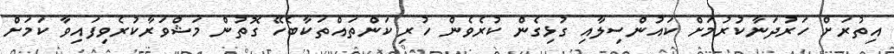
އިތުރަށް ހަރުދަނާކުރުމަށް ކައުންސިލާއި ގުޅިގެން ކުރެވެން ހުރި ކަންތައްތަކާބެހޭ ގޮތުން މަޝްވަރާކުރެވިފައިވާ ކަމަށް